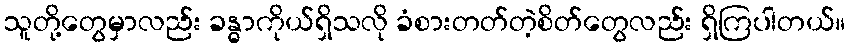
သူတို့တွေမှာလည်း ခန္ဓာကိုယ်ရှိသလို ခံစားတတ်တဲ့စိတ်တွေလည်း ရှိကြပါတယ်။